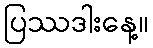
ပြဿဒါးနေ့။